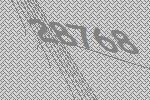
28768